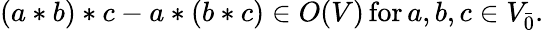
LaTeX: (a*b)*c-a*(b*c)\in O(V)\, \mathrm{for}\, a,b,c\in V_{\bar{0}}.